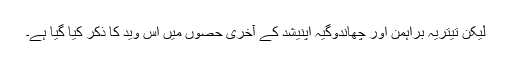
لیکن تیتریہ براہمن اور چھاندوگیہ اپنیشد کے آخری حصوں میں اس وید کا ذکر کیا گیا ہے۔